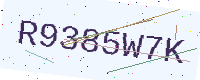
Text: R9385W7K